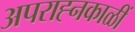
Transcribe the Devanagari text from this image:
अपराह्नकाळीं